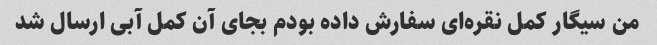
من سیگار کمل نقره‌ای سفارش داده بودم بجای آن کمل آبی ارسال شد